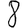
Digit: 8